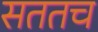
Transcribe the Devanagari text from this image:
सततच